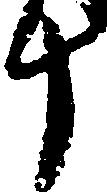
十